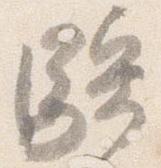
駅